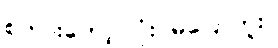
စကားတော့ လုံးဝမပြောဘူး။